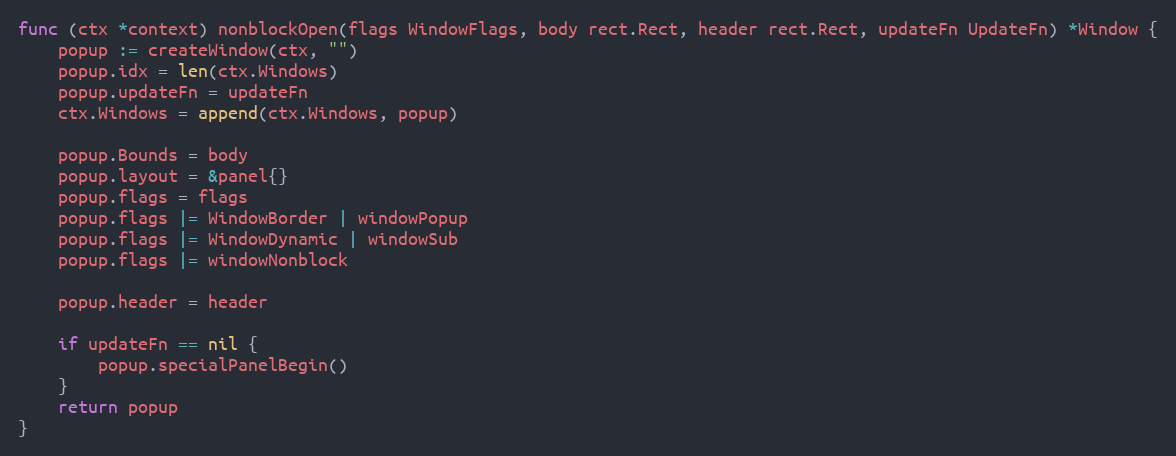
Language: Go
func (ctx *context) nonblockOpen(flags WindowFlags, body rect.Rect, header rect.Rect, updateFn UpdateFn) *Window {
	popup := createWindow(ctx, "")
	popup.idx = len(ctx.Windows)
	popup.updateFn = updateFn
	ctx.Windows = append(ctx.Windows, popup)

	popup.Bounds = body
	popup.layout = &panel{}
	popup.flags = flags
	popup.flags |= WindowBorder | windowPopup
	popup.flags |= WindowDynamic | windowSub
	popup.flags |= windowNonblock

	popup.header = header

	if updateFn == nil {
		popup.specialPanelBegin()
	}
	return popup
}